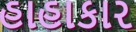
હાહાકાર